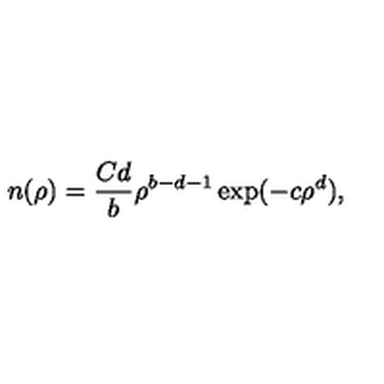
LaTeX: n ( \rho ) = \frac { C d } { b } \rho ^ { b - d - 1 } \exp ( - c \rho ^ { d } ) ,